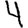
Digit: 4